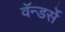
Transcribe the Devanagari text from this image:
वॅन्डर्से